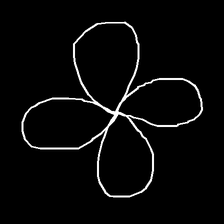
Glyph: billowing